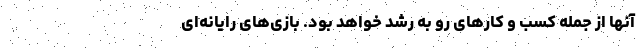
آنها از جمله کسب و کارهای رو به رشد خواهد بود. بازی‌های رایانه‌ای